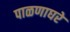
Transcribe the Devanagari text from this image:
पाळणाघरे